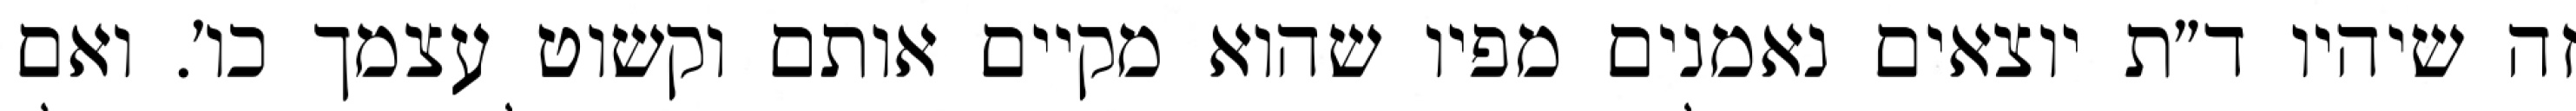
זה שיהיו ד״ת יוצאים נאמנים מפיו שהוא מקיים אותם וקשוט עצמך כו׳. ואם